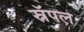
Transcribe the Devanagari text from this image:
स्नॅपल